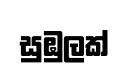
සුඹුලක්